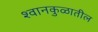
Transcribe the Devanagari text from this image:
श्वानकुळातील